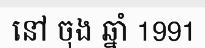
នៅ ចុង ឆ្នាំ 1991